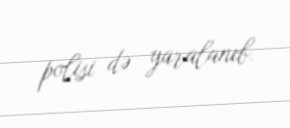
polisi də yaralanıb.